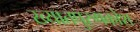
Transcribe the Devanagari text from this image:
ख्यातपुरुषकोश